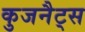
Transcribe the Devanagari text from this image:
कुजनैट्स